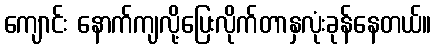
ကျောင်း နောက်ကျလို့ပြေးလိုက်တာနှလုံးခုန်နေတယ်။